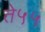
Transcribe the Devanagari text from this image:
ते५५